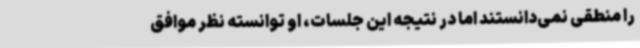
را منطقی نمی‌دانستند اما در نتیجه این جلسات، او توانسته نظر موافق